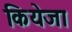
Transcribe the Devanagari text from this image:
कियेजा